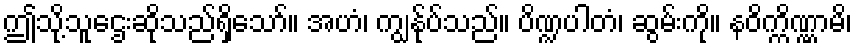
ဤသို့သူဌေးဆိုသည်ရှိသော်။ အဟံ၊ ကျွန်ုပ်သည်။ ပိဏ္ဍပါတံ၊ ဆွမ်းကို။ နဝိက္ကိဏ္ဏာမိ၊